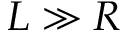
L \gg R